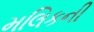
મલિકની